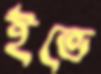
ইভে